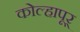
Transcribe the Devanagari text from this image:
कोल्हापूर्